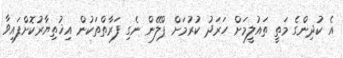
އެ ކުދިންގެ މަތީ ތައުލީމަށް ހަރަދު ކުރުމަށް ޕްލޭން ނެގި ފަރާތްތަކުން އިޚުތިޔާރުކޮށްފައިވާ